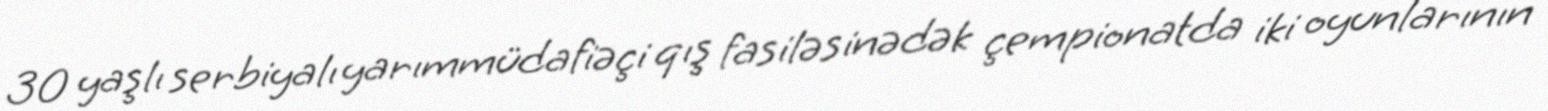
30 yaşlı serbiyalı yarımmüdafiəçi qış fasiləsinədək çempionatda iki oyunlarının